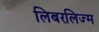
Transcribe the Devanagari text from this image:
लिबरलिज्म